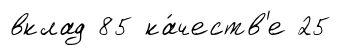
вклад 85 ка́честв'е 25